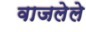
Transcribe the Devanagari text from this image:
वाजलेले